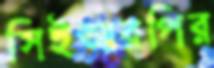
সিইআরপির